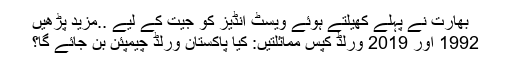
بھارت نے پہلے کھیلتے ہوئے ویسٹ انڈیز کو جیت کے لیے ..مزید پڑھیں
1992 اور 2019 ورلڈ کپس مماثلتیں: کیا پاکستان ورلڈ چیمپئن بن جائے گا؟